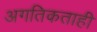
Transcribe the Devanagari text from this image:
अगतिकताही